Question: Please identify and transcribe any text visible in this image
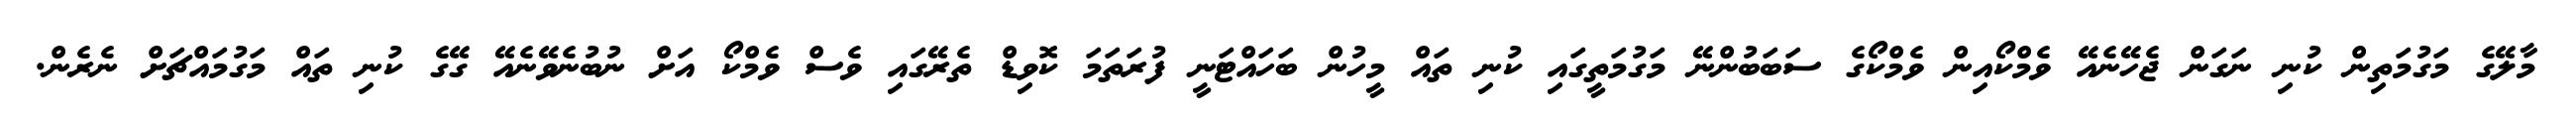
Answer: މާލޭގެ މަގުމަތިން ކުނި ނަގަން ޖެހޭނެއޭ ވެމްކޯއިން ވެމްކޯގެ ސަބަބުންނޭ މަގުމަތީގައި ކުނި ތައް މީހުން ބަހައްޓަނީ ފުރަތަމަ ކޮވިޑް ތެރޭގައި ވެސް ވެމްކޯ އަށް ނުބުނެވޭނެއޭ ގޭގެ ކުނި ތައް މަގުމައްޗަށް ނެރެން.